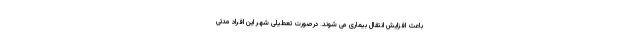
باعث افزایش انتقال بیماری می شوند. درصورت تعطیلی شهر این افراد مدتی